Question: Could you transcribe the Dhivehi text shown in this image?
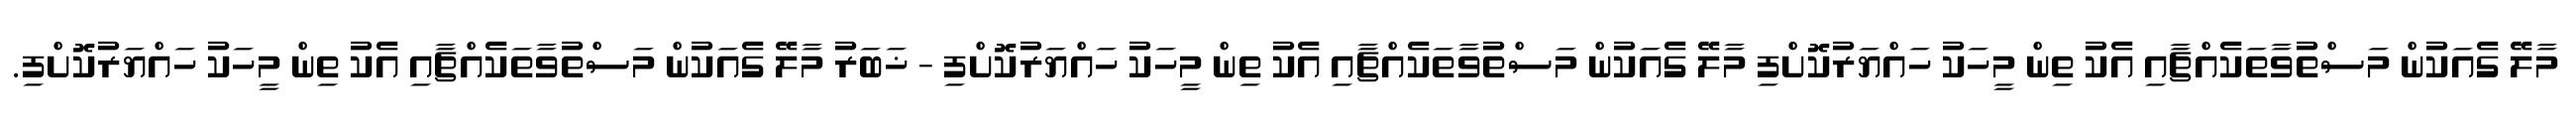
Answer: މާލޭ ގެއަކުން މަސްތުވާތަކެއްޗާއި އެކު ތިން މީހަކު ހައްޔަރުކޮށްފި މާލޭ ގެއަކުން މަސްތުވާތަކެއްޗާއި އެކު ތިން މީހަކު ހައްޔަރުކޮށްފި - ޚަބަރު މާލޭ ގެއަކުން މަސްތުވާތަކެއްޗާއި އެކު ތިން މީހަކު ހައްޔަރުކޮށްފި.